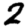
Digit: 2